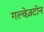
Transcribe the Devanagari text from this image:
गल्वेज़टोन